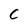
Character: C